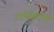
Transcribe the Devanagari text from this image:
उपस्थितांनी